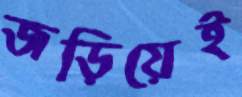
জড়িয়েই